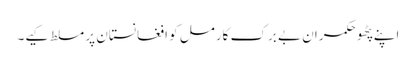
اپنے پٹھو حکمران بے برک کارمل کو افغانستان پر مسلط کیے۔